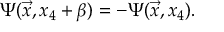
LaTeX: \Psi ( \vec { x } , x _ { 4 } + \beta ) = - \Psi ( \vec { x } , x _ { 4 } ) .